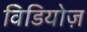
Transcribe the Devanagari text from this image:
विडियोज़